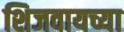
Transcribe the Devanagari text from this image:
शिजवायच्या